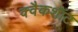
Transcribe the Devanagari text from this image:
क्वैकशॉट